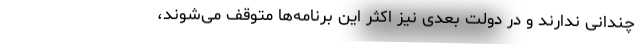
چندانی ندارند و در دولت بعدی نیز اکثر این برنامه‌ها متوقف می‌شوند،